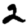
Digit: 2